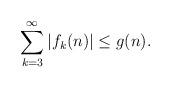
LaTeX: \begin{align*} \sum_{k=3}^{\infty}|f_{k}(n)|\leq g(n).\end{align*}